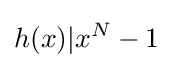
h(x)|x^{N}-1